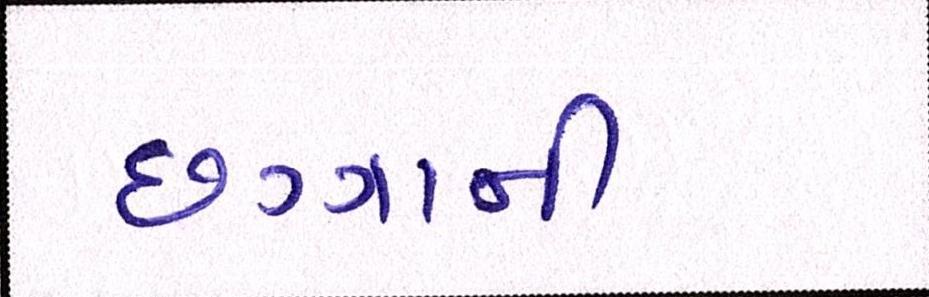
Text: છગ્ગાની